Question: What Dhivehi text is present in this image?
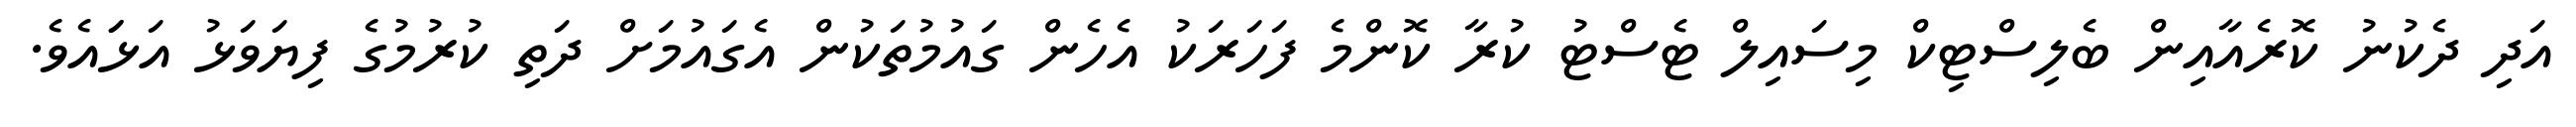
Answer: އަދި ދެކުނު ކޮރެއާއިން ބެލިސްޓިކް މިސައިލް ޓެސްޓު ކުރާ ކޮންމެ ފަހަރަކު އެހެން ގައުމުތަކުން އެގައުމަށް ދަތި ކުރުމުގެ ފިޔަވަޅު އަޅަައެވެ.